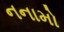
નનામો